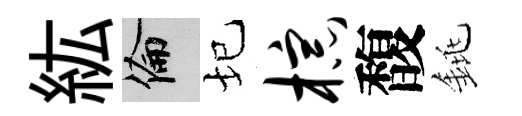
紘倫圮棕馥銚